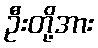
ဦးတို့အား